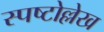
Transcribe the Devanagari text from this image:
स्पष्टोल्लेख